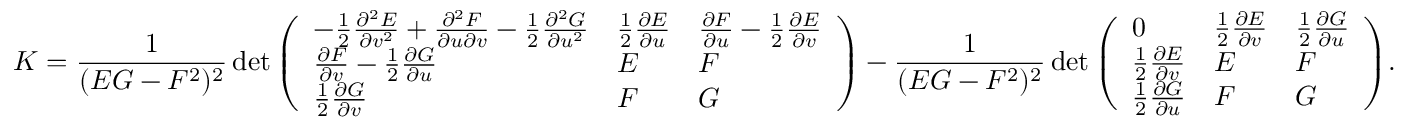
K = { \frac { 1 } { ( E G - F ^ { 2 } ) ^ { 2 } } } \operatorname* { d e t } { \left( \begin{array} { l l l } { - { \frac { 1 } { 2 } } { \frac { \partial ^ { 2 } E } { \partial v ^ { 2 } } } + { \frac { \partial ^ { 2 } F } { \partial u \partial v } } - { \frac { 1 } { 2 } } { \frac { \partial ^ { 2 } G } { \partial u ^ { 2 } } } } & { { \frac { 1 } { 2 } } { \frac { \partial E } { \partial u } } } & { { \frac { \partial F } { \partial u } } - { \frac { 1 } { 2 } } { \frac { \partial E } { \partial v } } } \\ { { \frac { \partial F } { \partial v } } - { \frac { 1 } { 2 } } { \frac { \partial G } { \partial u } } } & { E } & { F } \\ { { \frac { 1 } { 2 } } { \frac { \partial G } { \partial v } } } & { F } & { G } \end{array} \right) } - { \frac { 1 } { ( E G - F ^ { 2 } ) ^ { 2 } } } \operatorname* { d e t } { \left( \begin{array} { l l l } { 0 } & { { \frac { 1 } { 2 } } { \frac { \partial E } { \partial v } } } & { { \frac { 1 } { 2 } } { \frac { \partial G } { \partial u } } } \\ { { \frac { 1 } { 2 } } { \frac { \partial E } { \partial v } } } & { E } & { F } \\ { { \frac { 1 } { 2 } } { \frac { \partial G } { \partial u } } } & { F } & { G } \end{array} \right) } .